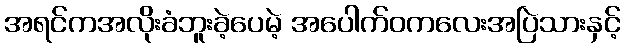
အရင်ကအလိုးခံဘူးခဲ့ပေမဲ့ အပေါက်ဝကလေးအပြဲသားနှင့်